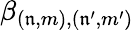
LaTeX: \beta_{(\mathfrak{n},m),(\mathfrak{n}^{\prime},m^{\prime})}